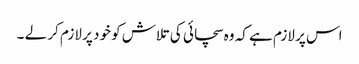
اس پر لازم ہے کہ وہ سچائی کی تلاش کو خود پر لازم کر لے ۔